Bréfritari: Guðrún Þorsteinsdóttir
Viðtakandi: Páll Pálsson
Dagsetning: A-1872-03-02
Skrifað á: Breiðabólsstað  Rang.
Páll er móðurbróðir Guðrúnar

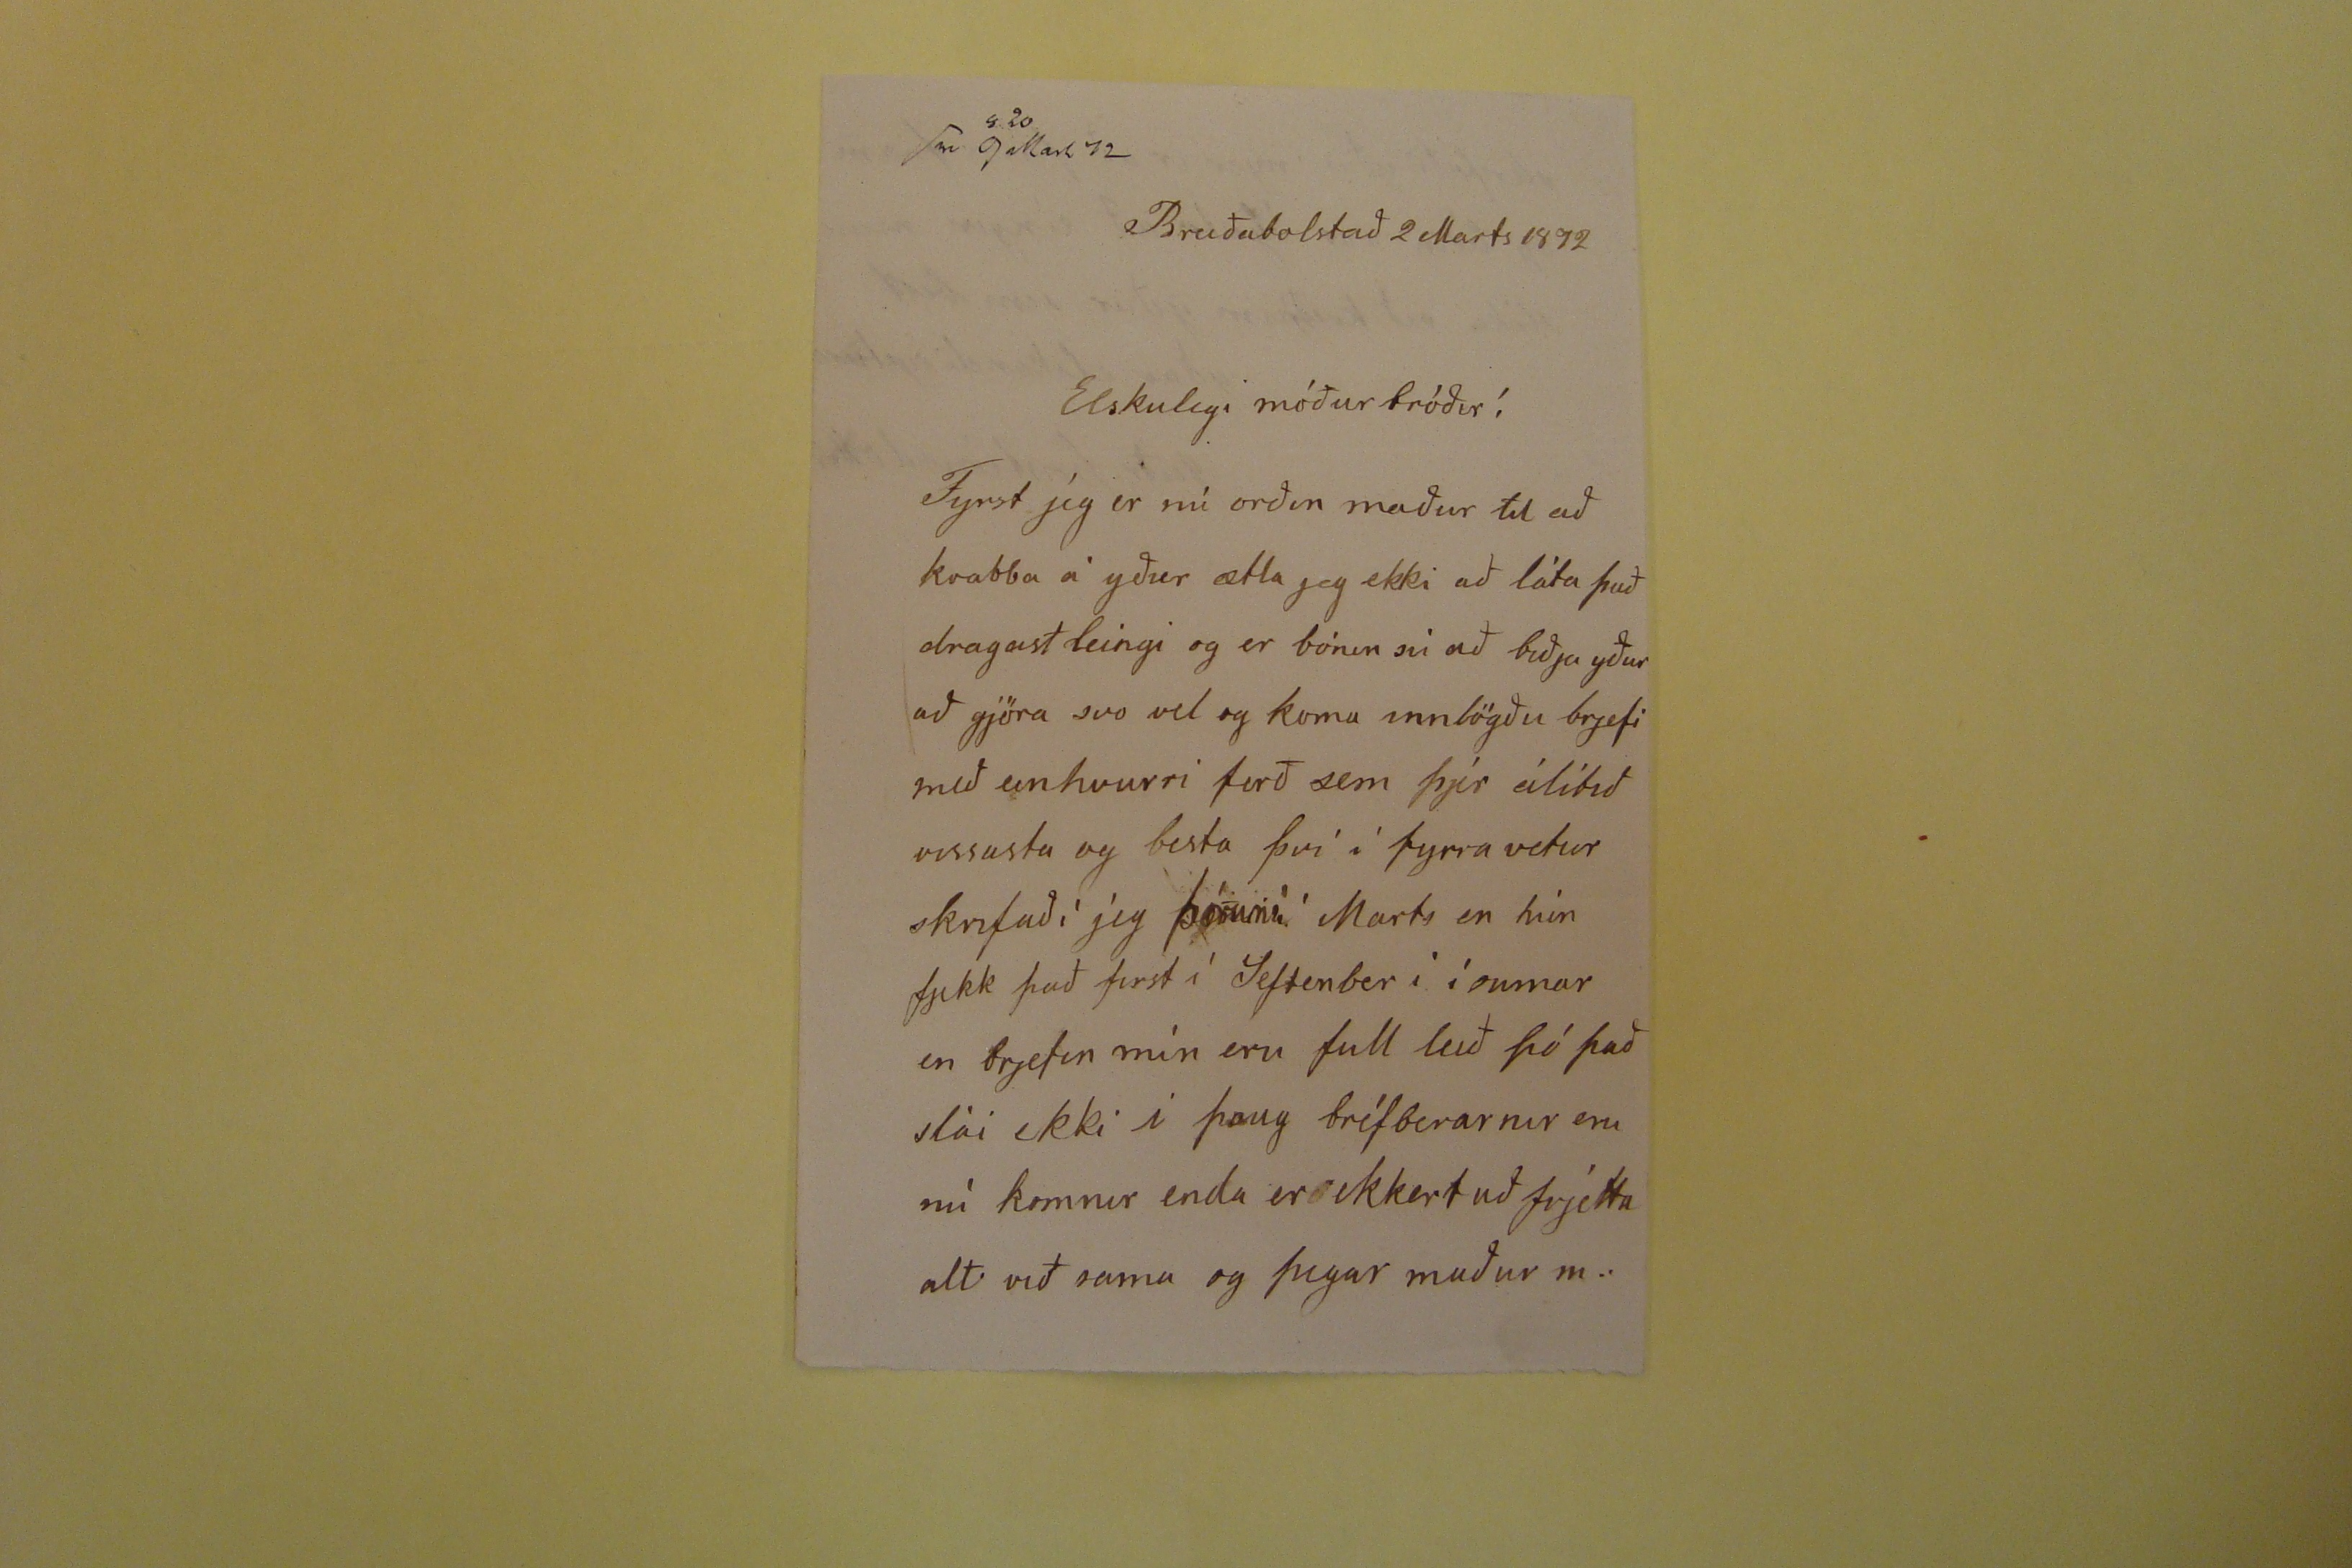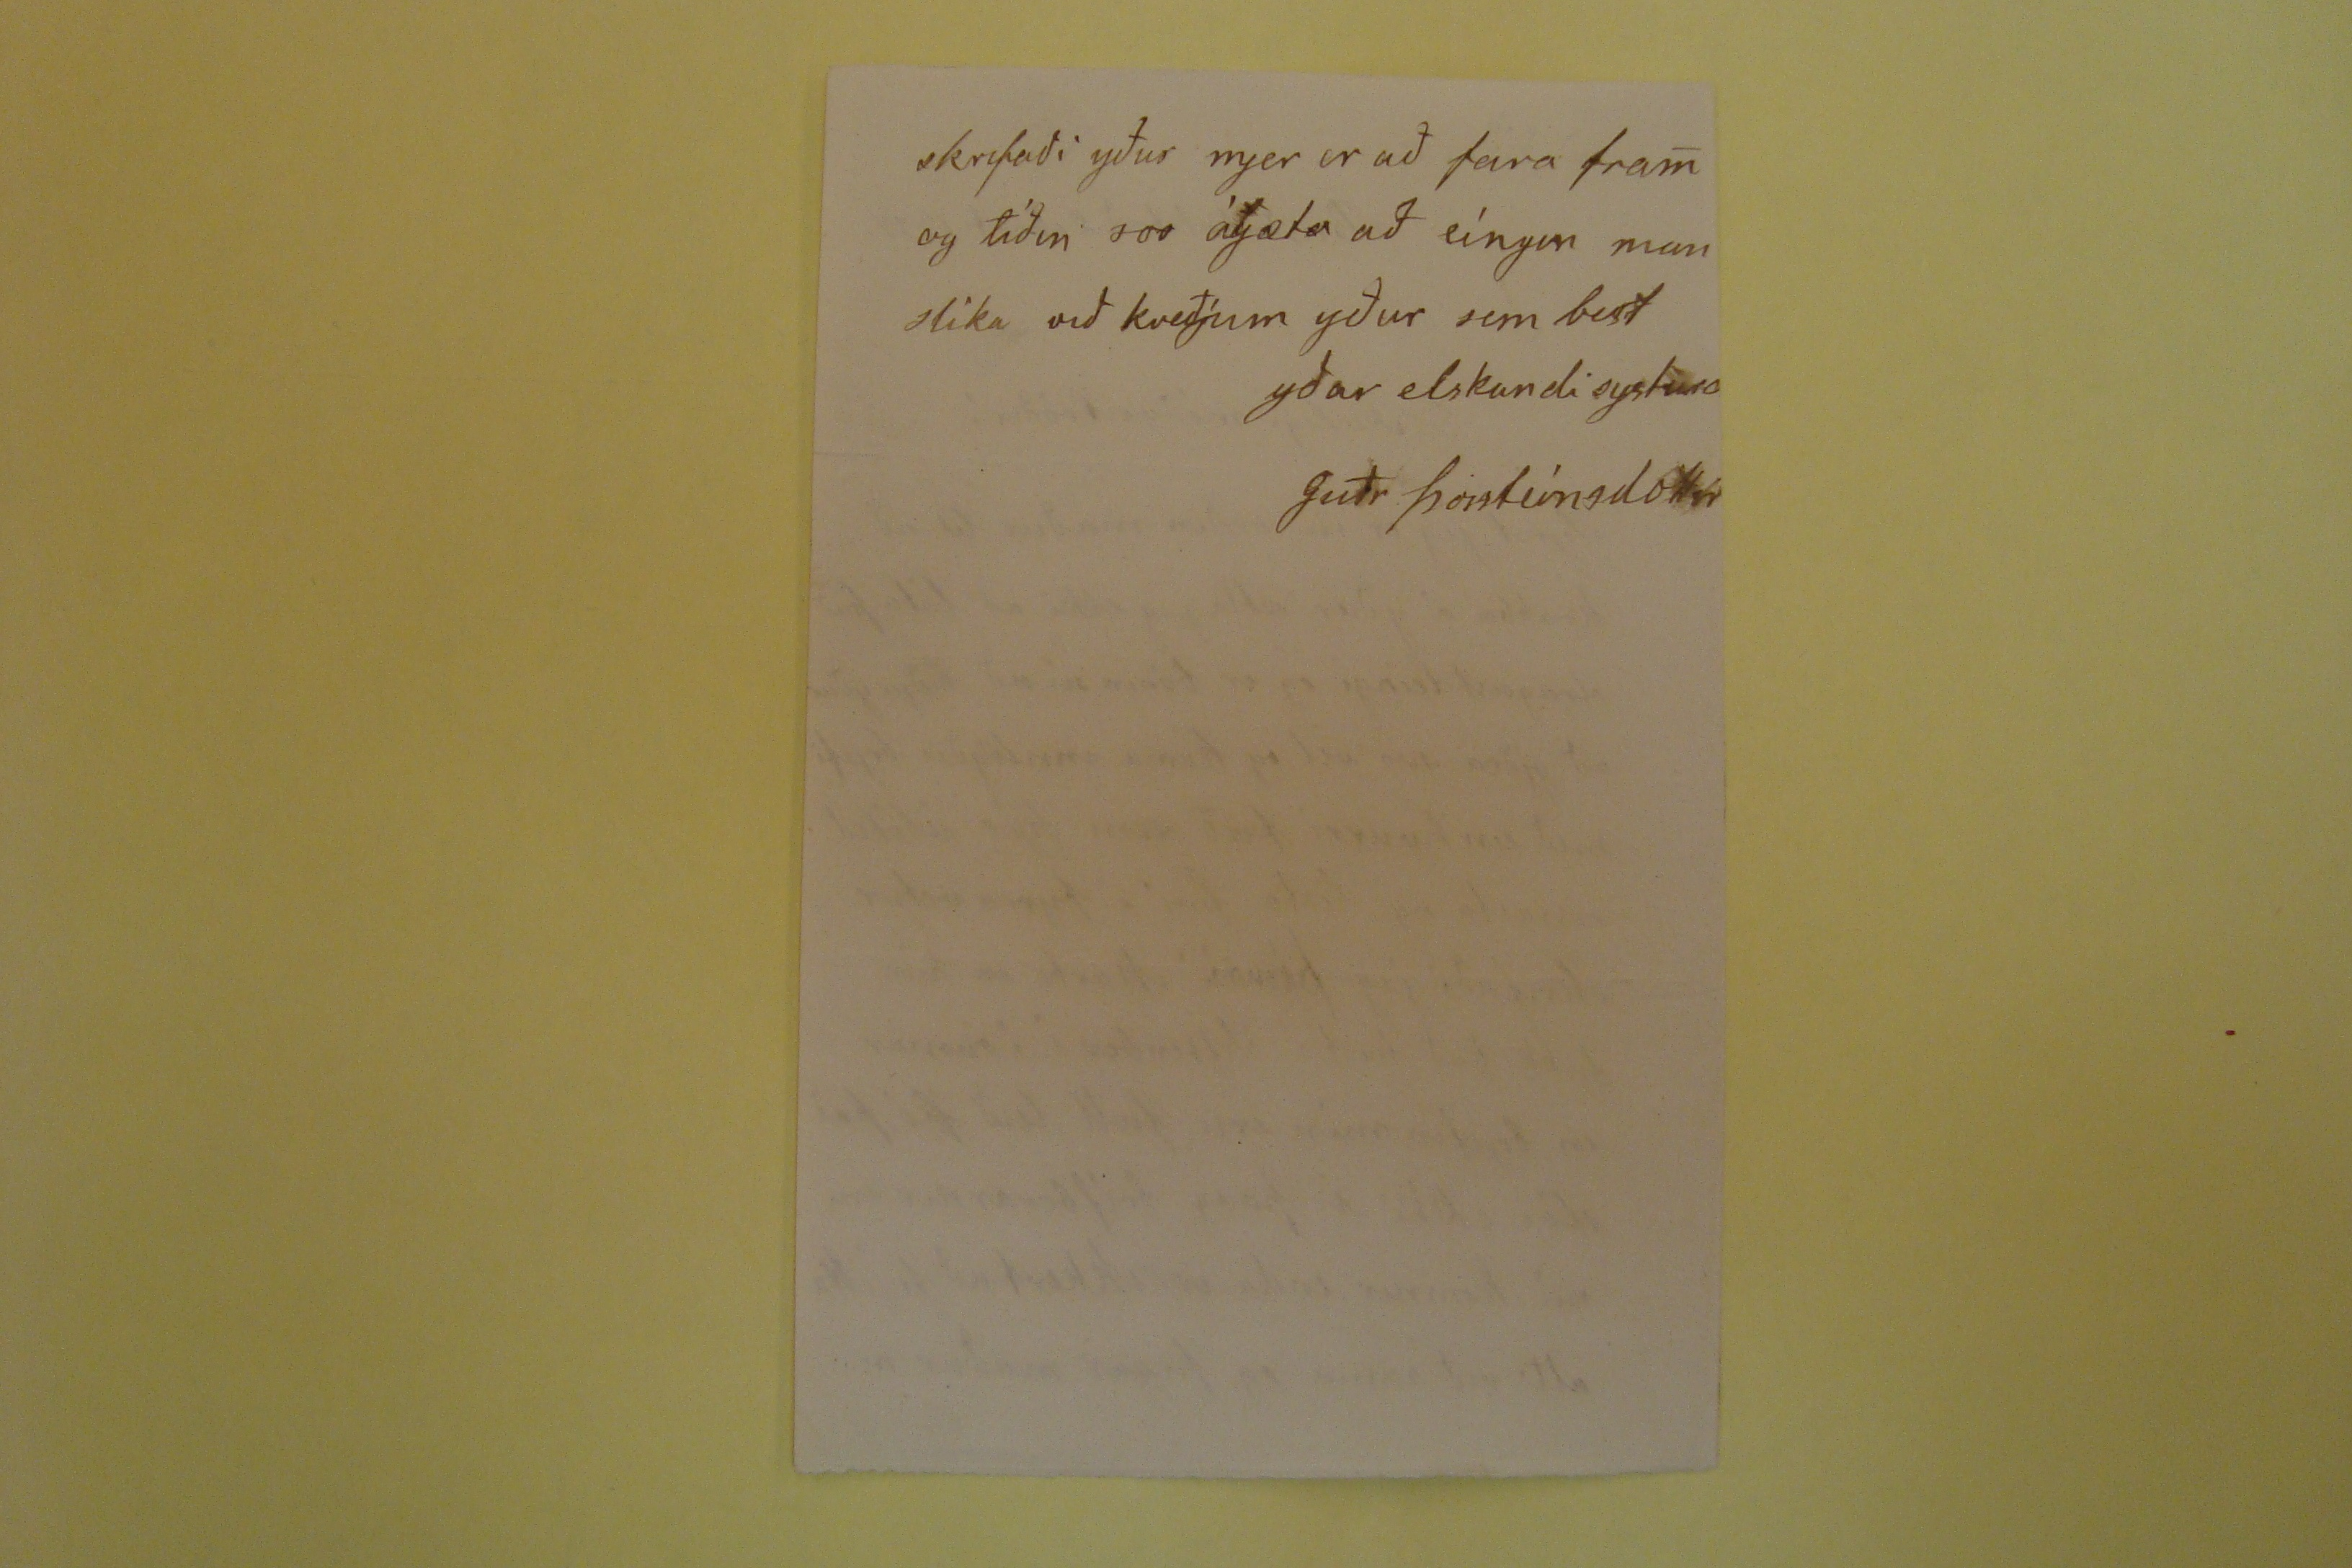

Breiðabolstað 2 Marts 1872
Elskulegi móður bróðir!
Fyrst jeg er nú orðin maður til að kvabba á yður ætla jeg ekki að láta það dragast leingi og er bónin sú að biðja yður að gjöra svo vel og koma innlögðu brjefi með einhvurri ferð sem þjer álitið vissasta og besta því í fyrra vetur skrifaði jeg
Þórunií
Marts en hún fjekk það first í Seftenber í í sumar en brjefin mín eru full leið þó það slái ekki í þaug bréfberarnir eru nú komnir enda er ekkert að frjetta alt við sama og þegar maður m.
skrifaði yður mjer er að fara fram og tíðin svo ágæta að eíngin man slika við kveðjum yður sem best
yðar elskandi systurd
Guðr Þorsteinsdóttir